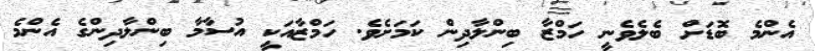
އެންމެ ބޮޑަށް ބެލެވެނީ ހަމްޒާ ބިންލާދިން ކަމަށެވެ. ހަމްޒާއަކީ އުސާމާ ބިންލާދިންގެ އެންމެ